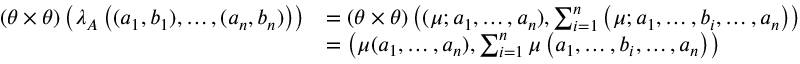
\begin{array} { r l } { ( \theta \times \theta ) \left( \lambda _ { A } \left( ( a _ { 1 } , b _ { 1 } ) , \dots , ( a _ { n } , b _ { n } ) \right) \right) } & { = ( \theta \times \theta ) \left( ( \mu ; a _ { 1 } , \dots , a _ { n } ) , \sum _ { i = 1 } ^ { n } \left( \mu ; a _ { 1 } , \hdots , b _ { i } , \hdots , a _ { n } \right) \right) } \\ & { = \left( \mu ( a _ { 1 } , \hdots , a _ { n } ) , \sum _ { i = 1 } ^ { n } \mu \left( a _ { 1 } , \hdots , b _ { i } , \hdots , a _ { n } \right) \right) } \end{array}